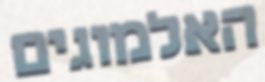
האלמוגים